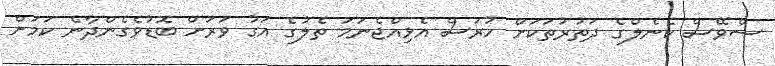
ސްވޭސް ކެނެލްގެ ދަތުރުތަކަށް ހުރަސް އެޅިއްޖެނަމަ ތެލުގެ އަގު ވަރަށް ބޮޑުވެގެންދާނެ ކަމަށް